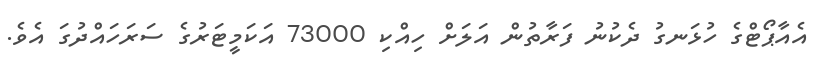
އެއާޕޯޓްގެ ހުޅަނގު ދެކުނު ފަރާތުން އަލަށް ހިއްކި 73000 އަކަމީޓަރުގެ ސަރަހައްދުގަ އެވެ.